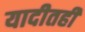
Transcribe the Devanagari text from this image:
यादीतही